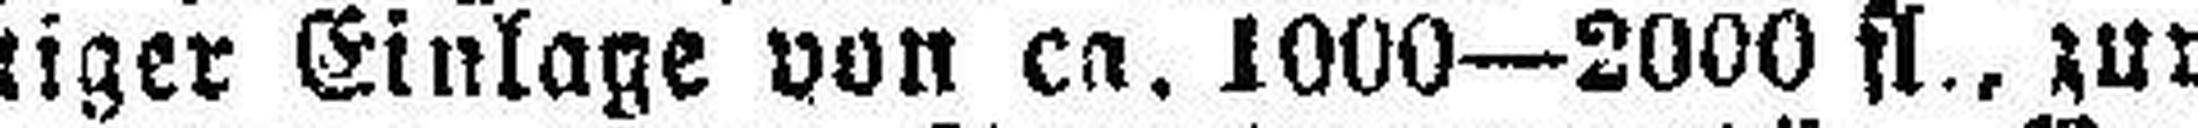
seniger Einlage von ca. 1000—2000 fl., zur